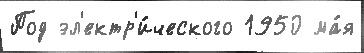
Под эл'ектр'и́ческого 1950 ма́я